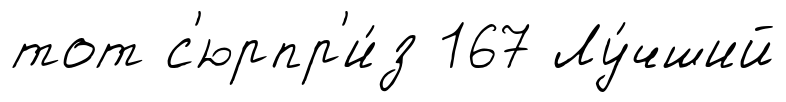
тот с'юрпр'и́з 167 Лу́чший